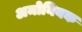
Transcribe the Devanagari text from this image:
अमोनियक